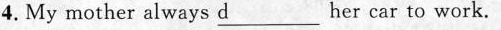
4.My mother always d___ her car to work.